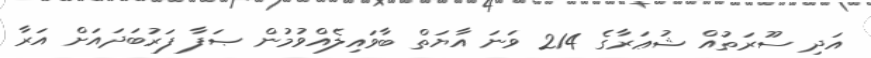
އަދި ސޫރަތުއް ޝުޢަރާގެ 214 ވަނަ އާޔަތް ބާވައިލެއްވުމުން ޞަފާ ފަރުބަދައަށް އަރާ